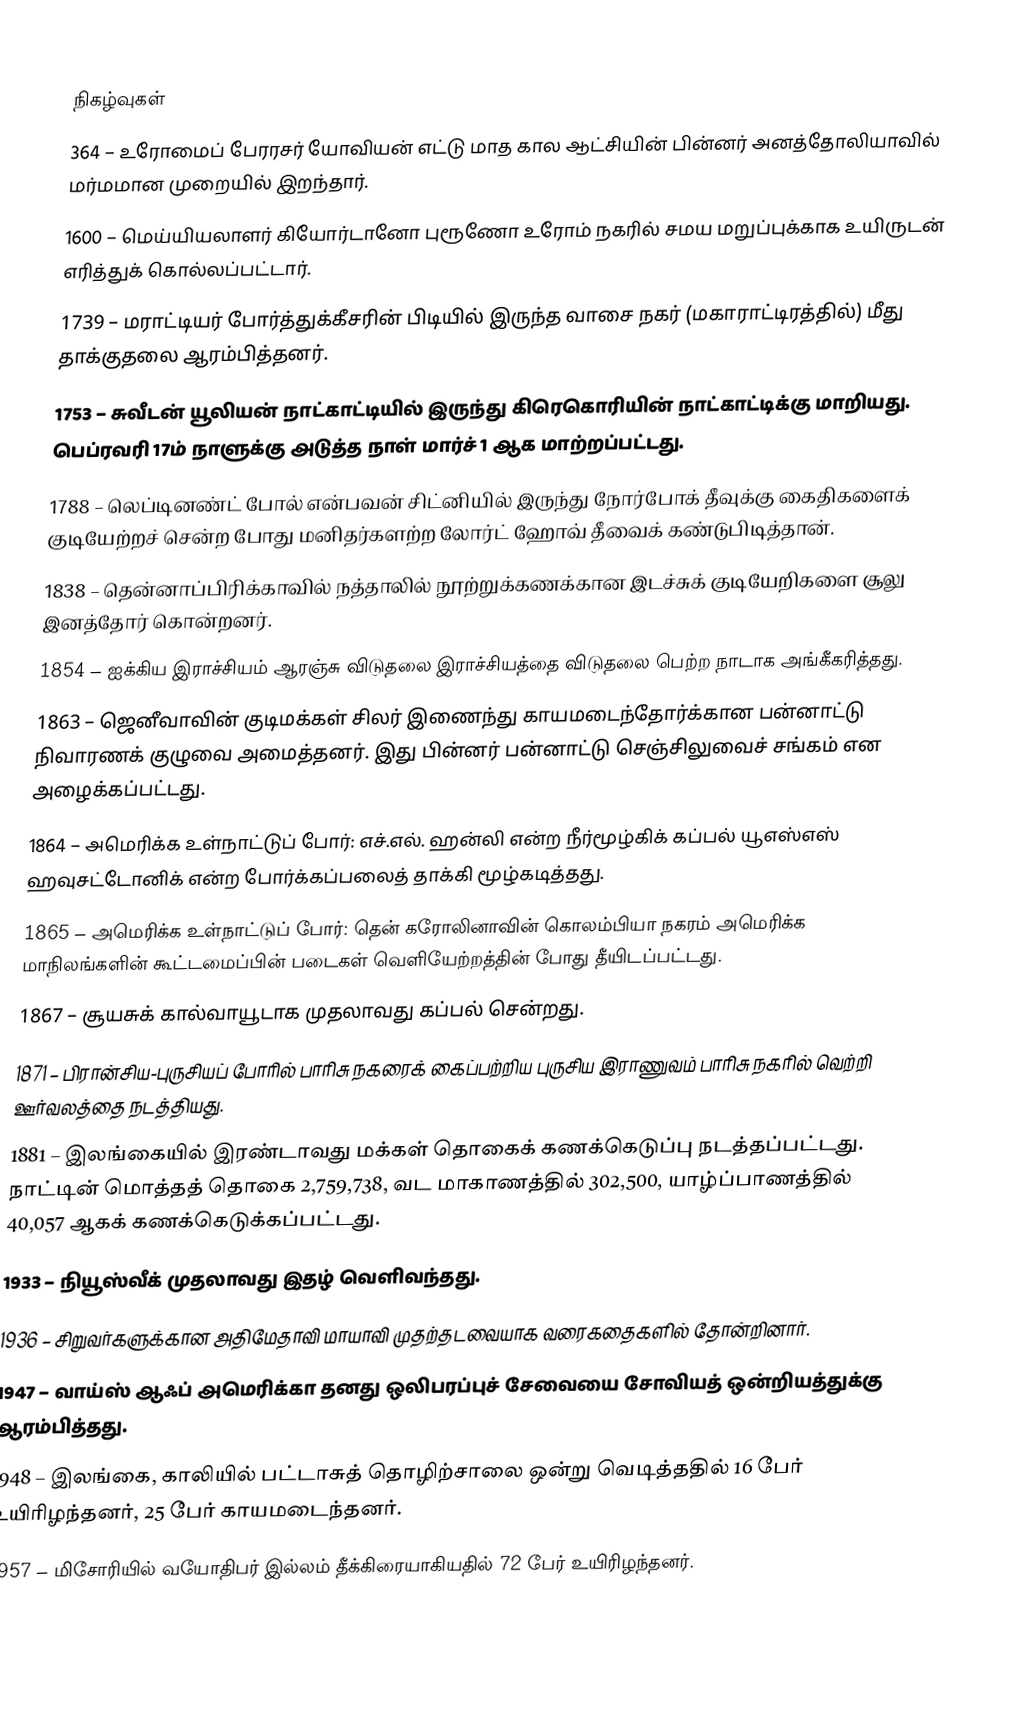

நிகழ்வுகள்
 364 – உரோமைப் பேரரசர் யோவியன் எட்டு மாத கால ஆட்சியின் பின்னர் அனத்தோலியாவில் மர்மமான முறையில் இறந்தார்.
1600 – மெய்யியலாளர் கியோர்டானோ புரூணோ உரோம் நகரில் சமய மறுப்புக்காக உயிருடன் எரித்துக் கொல்லப்பட்டார்.
1739 – மராட்டியர் போர்த்துக்கீசரின் பிடியில் இருந்த வாசை நகர் (மகாராட்டிரத்தில்) மீது தாக்குதலை ஆரம்பித்தனர்.
1753 – சுவீடன் யூலியன் நாட்காட்டியில் இருந்து கிரெகொரியின் நாட்காட்டிக்கு மாறியது. பெப்ரவரி 17ம் நாளுக்கு அடுத்த நாள் மார்ச் 1 ஆக மாற்றப்பட்டது.
1788 – லெப்டினண்ட் போல் என்பவன் சிட்னியில் இருந்து நோர்போக் தீவுக்கு கைதிகளைக் குடியேற்றச் சென்ற போது மனிதர்களற்ற லோர்ட் ஹோவ் தீவைக் கண்டுபிடித்தான்.
1838 – தென்னாப்பிரிக்காவில் நத்தாலில் நூற்றுக்கணக்கான இடச்சுக் குடியேறிகளை சூலு இனத்தோர் கொன்றனர்.
1854 – ஐக்கிய இராச்சியம் ஆரஞ்சு விடுதலை இராச்சியத்தை விடுதலை பெற்ற நாடாக அங்கீகரித்தது.
1863 – ஜெனீவாவின் குடிமக்கள் சிலர் இணைந்து காயமடைந்தோர்க்கான பன்னாட்டு நிவாரணக் குழுவை அமைத்தனர். இது பின்னர் பன்னாட்டு செஞ்சிலுவைச் சங்கம் என அழைக்கப்பட்டது.
1864 – அமெரிக்க உள்நாட்டுப் போர்: எச்.எல். ஹன்லி என்ற நீர்மூழ்கிக் கப்பல் யூஎஸ்எஸ் ஹவுசட்டோனிக் என்ற போர்க்கப்பலைத் தாக்கி மூழ்கடித்தது.
1865 – அமெரிக்க உள்நாட்டுப் போர்: தென் கரோலினாவின் கொலம்பியா நகரம் அமெரிக்க மாநிலங்களின் கூட்டமைப்பின் படைகள் வெளியேற்றத்தின் போது தீயிடப்பட்டது.
1867 – சூயசுக் கால்வாயூடாக முதலாவது கப்பல் சென்றது.
1871 – பிரான்சிய-புருசியப் போரில் பாரிசு நகரைக் கைப்பற்றிய புருசிய இராணுவம் பாரிசு நகரில் வெற்றி ஊர்வலத்தை நடத்தியது.
1881 – இலங்கையில் இரண்டாவது மக்கள் தொகைக் கணக்கெடுப்பு நடத்தப்பட்டது. நாட்டின் மொத்தத் தொகை 2,759,738, வட மாகாணத்தில் 302,500, யாழ்ப்பாணத்தில் 40,057 ஆகக் கணக்கெடுக்கப்பட்டது.
1933 – நியூஸ்வீக் முதலாவது இதழ் வெளிவந்தது.
1936 – சிறுவர்களுக்கான அதிமேதாவி மாயாவி முதற்தடவையாக வரைகதைகளில் தோன்றினார்.
1947 – வாய்ஸ் ஆஃப் அமெரிக்கா தனது ஒலிபரப்புச் சேவையை சோவியத் ஒன்றியத்துக்கு ஆரம்பித்தது.
1948 – இலங்கை, காலியில் பட்டாசுத் தொழிற்சாலை ஒன்று வெடித்ததில் 16 பேர் உயிரிழந்தனர், 25 பேர் காயமடைந்தனர்.
1957 – மிசோரியில் வயோதிபர் இல்லம் தீக்கிரையாகியதில் 72 பேர் உயிரிழந்தனர்.
1959 –